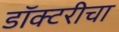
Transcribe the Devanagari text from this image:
डॉक्टरीचा